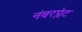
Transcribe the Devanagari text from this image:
नंबरप्लेट